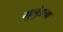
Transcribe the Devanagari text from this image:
मुलुंडचा